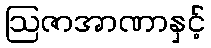
ဩဇာအာဏာနှင့်